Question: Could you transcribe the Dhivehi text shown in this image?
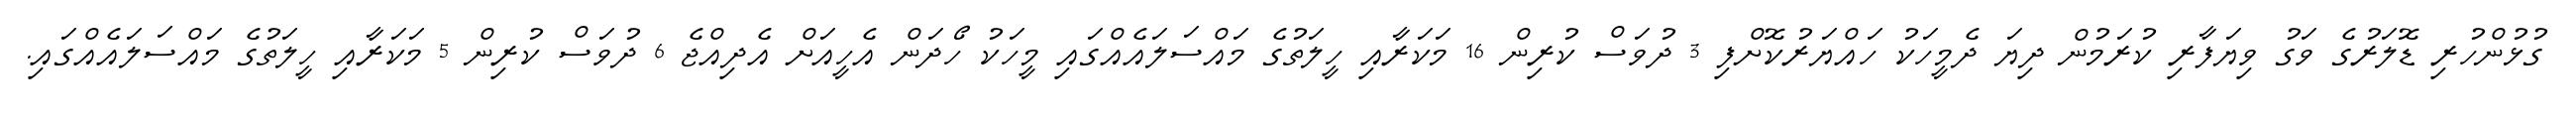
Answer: ގުޅުންހުރި ޑޮލަރުގެ ވަގު ވިޔަފާރި ކުރަމުން ދިޔަ ދެމީހަކު ހައްޔަރުކޮށްފި 3 ދުވަސް ކުރިން 16 މަކަރާއި ހީލަތުގެ މައްސަލައެއްގައި މީހަކު ހޯދަން އެހީއަށް އެދިއްޖެ 6 ދުވަސް ކުރިން 5 މަކަރާއި ހީލަތުގެ މައްސަލައެއްގައި.